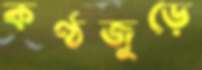
কণ্ঠজুড়ে